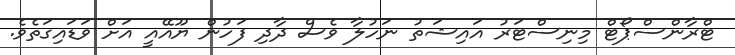
ޓްރާންސްޕޯޓް މިނިސްޓަރު އައިޝަތު ނަހުލާ ވެސް ދާދި ފަހުން ޔޫއޭއީ އަށް ވަޑައިގަތެވެ.